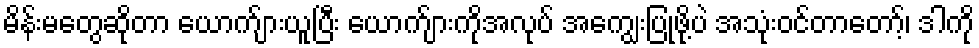
မိန်းမတွေဆိုတာ ယောက်ျားယူပြီး ယောက်ျားကိုအလုပ် အကျွေးပြုဖို့ပဲ အသုံးဝင်တာတော့်၊ ဒါကို